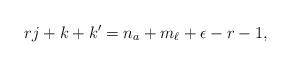
LaTeX: \begin{align*}rj+k+k'=n_a+m_\ell +\epsilon-r-1,\end{align*}